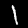
Digit: 1